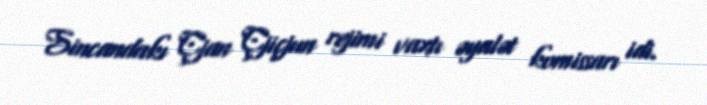
Sincandakı Çjan Çjiçjun rejimi vaxtı əyalət komissarı idi.